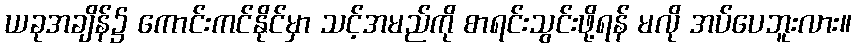
ယခုအချိန်၌ ကောင်းကင်နိုင်မှာ သင့်အမည်ကို စာရင်းသွင်းဖို့ရန် မလို အပ်ပေဘူးလား။